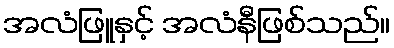
အလံဖြူနှင့် အလံနီဖြစ်သည်။